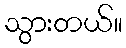
သွားတယ်။